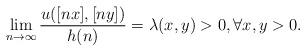
LaTeX: \begin{align*}\lim_{n\rightarrow\infty}\frac{u([nx],[ny])}{h(n)}=\lambda(x,y)>0,\forall x,y>0.\end{align*}